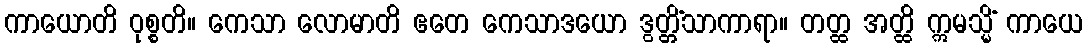
ကာယောတိ ဝုစ္စတိ။ ကေသာ လောမာတိ ဧတေ ကေသာဒယော ဒွတ္တိံသာကာရာ။ တတ္ထ အတ္ထိ ဣမသ္မိံ ကာယေ